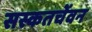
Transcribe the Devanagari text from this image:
सस्कतचेंवन